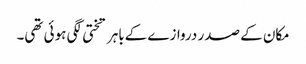
مکان کے صدر دروازے کےباہر تختی لگی ہوئی تھی۔